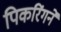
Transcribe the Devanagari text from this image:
पिकरिंगने